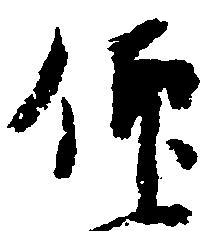
仰